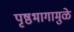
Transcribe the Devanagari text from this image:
पृष्ठभागामुळे